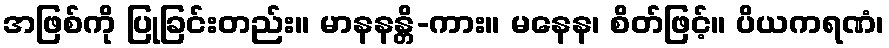
အဖြစ်ကို ပြုခြင်းတည်း။ မာနနန္တိ-ကား။ မနေန၊ စိတ်ဖြင့်။ ပိယကရဏံ၊